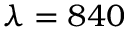
\lambda = 8 4 0